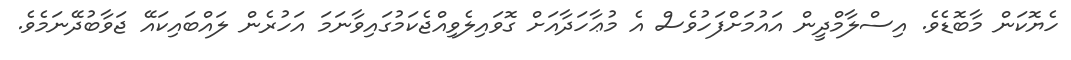
ހެޔޮކަން މާބޮޑެވެ. އިސްލާމްދީން އައުމަށްފަހުވެސް އެ މުޢާހަދާއަށް ގޮވައިލެވިއްޖެކަމުގައިވާނަމަ އަހުރެން ލައްބައިކައޭ ޖަވާބުދޭނަމެވެ.